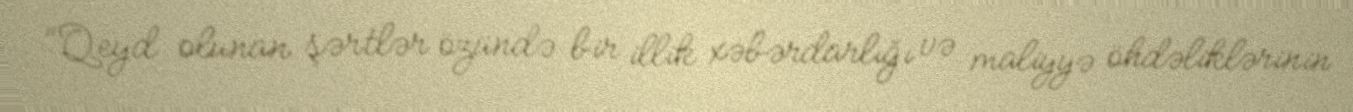
“Qeyd olunan şərtlər özündə bir illik xəbərdarlığı və maliyyə öhdəliklərinin